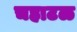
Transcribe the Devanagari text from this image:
चहाटळ